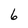
Character: 6